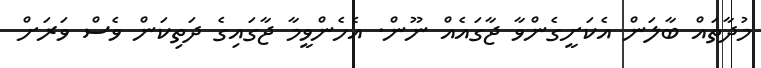
މުދާތައް ބާލަން އެކަށީގެންވާ ޖާގައެއް ނޫން. އެހެންވީމާ ޖާގައިގެ ދަތިކަން ވެސް ވަރަށް